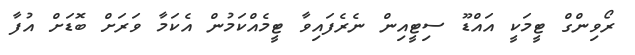
ރޯވިންގް ޓީމަކީ އައްޑޫ ސިޓީއިން ނެރެފައިވާ ޓީމެއްކަމުން އެކަމާ ވަރަށް ބޮޑަށް އުފާ